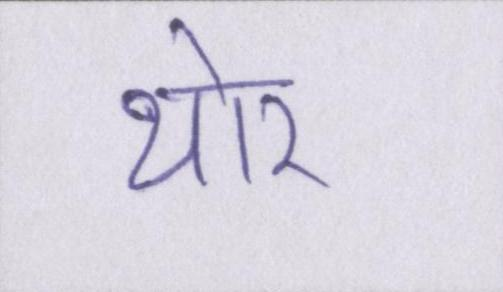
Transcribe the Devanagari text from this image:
थोर